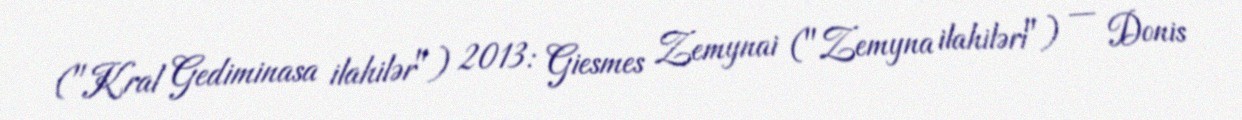
("Kral Gediminasa ilahilər") 2013: Giesmes Zemynai ("Zemyna ilahiləri") — Donis